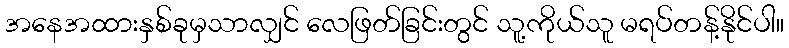
အနေအထားနှစ်ခုမှသာလျှင် လေဖြတ်ခြင်းတွင် သူ့ကိုယ်သူ မရပ်တန့်နိုင်ပါ။